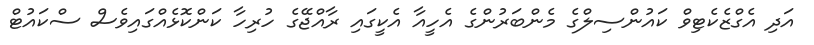
އަދި އެގްޒެކެޓިވް ކައުންސިލްގެ މެންބަރުންގެ އެހީއާ އެކީގައި ރާއްޖޭގެ ހުރިހާ ކަންކޮޅެއްގައިވެސް ސްކައުޓް